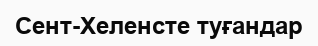
Сент-Хеленсте туғандар